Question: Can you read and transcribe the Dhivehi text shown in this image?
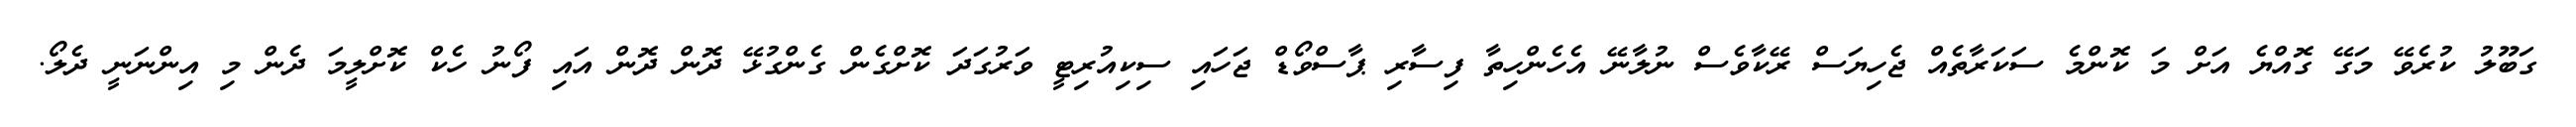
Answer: ގަބޫލު ކުރެވޭ މަގޭ ގޮއްޔެ އަށް މަ ކޮންމެ ސަކަރާތެއް ޖެހިޔަސް ރޭކާވެސް ނުލާނޭ އެހެންހިތާ ފިސާރި ޕާސްވޯޑް ޖަހައި ސިކިއުރިޓީ ވަރުގަދަ ކޮށްގެން ގެންގުޅޭ ދޮން ދޮން އައި ފޯނު ހެކް ކޮށްލީމަ ދެން މި އިންނަނީ ދެލޯ.